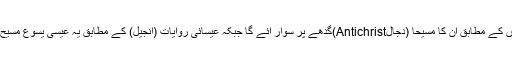
یہودی روایات یعنی عہد نامہ قدیم کی پیشن گوئیوں کے مطابق ان کا مسیحا (دجالAntichrist)گدھے پر سوار آئے گا جبکہ عیسائی روایات (انجیل) کے مطابق یہ عیسیٰؑ یسوع مسیح تھے جو گدھے پر سوار یروشلم میں داخل ہوئے۔